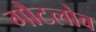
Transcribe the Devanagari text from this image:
गौटलोब